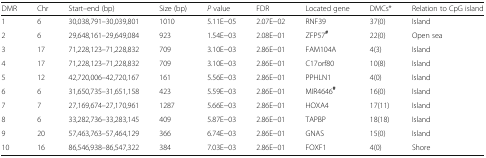
<table><thead><tr><td><b>DMR</b></td><td><b>Chr</b></td><td><b>Start–end (bp)</b></td><td><b>Size (bp)</b></td><td><b><i>P</i> value</b></td><td><b>FDR</b></td><td><b>Located gene</b></td><td><b>DMCs*</b></td><td><b>Relation to CpG island</b></td></tr></thead><tbody><tr><td>1</td><td>6</td><td>30,038,791–30,039,801</td><td>1010</td><td>5.11E−05</td><td>2.07E−02</td><td>RNF39</td><td>37(0)</td><td>Island</td></tr><tr><td>2</td><td>6</td><td>29,648,161–29,649,084</td><td>923</td><td>1.54E−03</td><td>2.08E−01</td><td>ZFP57<sup><b>#</b></sup></td><td>22(0)</td><td>Open sea</td></tr><tr><td>3</td><td>17</td><td>71,228,123–71,228,832</td><td>709</td><td>3.10E−03</td><td>2.86E−01</td><td>FAM104A</td><td>4(3)</td><td>Island</td></tr><tr><td>4</td><td>17</td><td>71,228,123–71,228,832</td><td>709</td><td>3.10E−03</td><td>2.86E−01</td><td>C17orf80</td><td>10(8)</td><td>Island</td></tr><tr><td>5</td><td>12</td><td>42,720,006–42,720,167</td><td>161</td><td>5.56E−03</td><td>2.86E−01</td><td>PPHLN1</td><td>4(0)</td><td>Island</td></tr><tr><td>6</td><td>6</td><td>31,650,735–31,651,158</td><td>423</td><td>5.59E−03</td><td>2.86E−01</td><td>MIR4646<sup><b>#</b></sup></td><td>16(0)</td><td>Island</td></tr><tr><td>7</td><td>7</td><td>27,169,674–27,170,961</td><td>1287</td><td>5.66E−03</td><td>2.86E−01</td><td>HOXA4</td><td>17(11)</td><td>Island</td></tr><tr><td>8</td><td>6</td><td>33,282,736–33,283,145</td><td>409</td><td>5.87E−03</td><td>2.86E−01</td><td>TAPBP</td><td>18(18)</td><td>Island</td></tr><tr><td>9</td><td>20</td><td>57,463,763–57,464,129</td><td>366</td><td>6.74E−03</td><td>2.86E−01</td><td>GNAS</td><td>15(0)</td><td>Island</td></tr><tr><td>10</td><td>16</td><td>86,546,938–86,547,322</td><td>384</td><td>7.03E−03</td><td>2.86E−01</td><td>FOXF1</td><td>4(0)</td><td>Shore</td></tr></tbody></table>